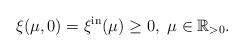
LaTeX: \begin{align*}\xi(\mu, 0) = \xi^{\mathrm{in}}(\mu)\ge 0,\ \mu\in \mathbb{R}_{>0}.\end{align*}